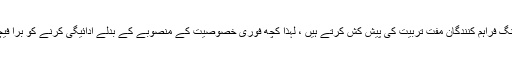
اب بہت سارے ہوسٹنگ فراہم کنندگان مفت تربیت کی پیش کش کرتے ہیں ، لہذا کچھ فوری خصوصیت کے منصوبے کے بدلے ادائیگی کرنے کو برا فیچر سمجھ سکتے ہیں۔